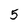
Character: 5